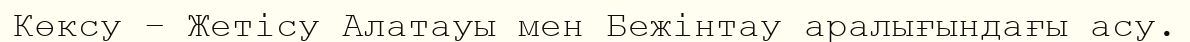
Көксу – Жетісу Алатауы мен Бежінтау аралығындағы асу.